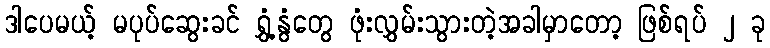
ဒါပေမယ့် မပုပ်ဆွေးခင် ရွှံ့နွံတွေ ဖုံးလွှမ်းသွားတဲ့အခါမှာတော့ ဖြစ်ရပ် ၂ ခု